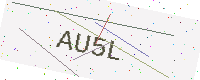
Text: AU5L